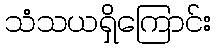
သံသယရှိကြောင်း